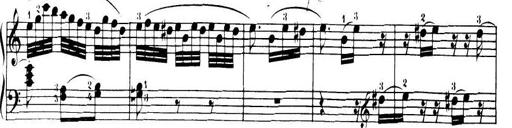
Title: 32 Sonatinas and Rondos for the Piano
Composer: Richard Kleinmichel